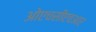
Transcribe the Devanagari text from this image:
ओएचसीएचआर